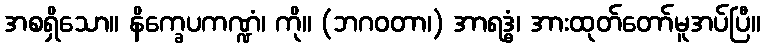
အစရှိသော။ နိက္ခေပကဏ္ဍံ၊ ကို။ (ဘဂဝတာ၊) အာရဒ္ဓံ၊ အားထုတ်တော်မူအပ်ပြီ။